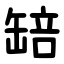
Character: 䍌